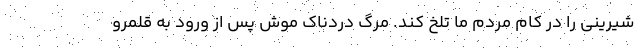
شیرینی را در کام مردم ما تلخ کند. مرگ دردناک موش پس از ورود به قلمرو